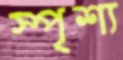
স্পৃশ্য